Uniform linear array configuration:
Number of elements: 16
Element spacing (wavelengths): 1
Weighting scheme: cosine
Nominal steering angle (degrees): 0
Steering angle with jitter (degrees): -1.345
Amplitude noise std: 0.05
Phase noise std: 0.05

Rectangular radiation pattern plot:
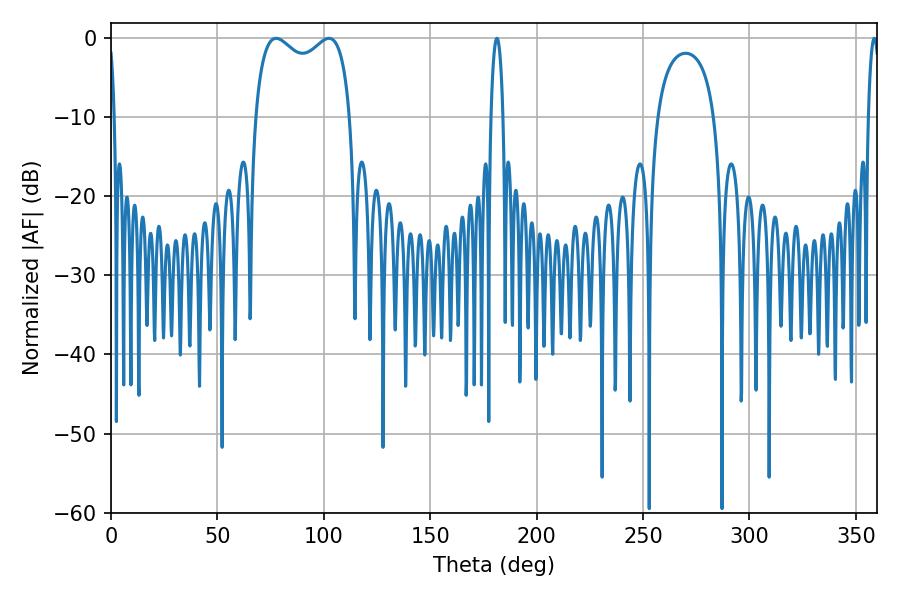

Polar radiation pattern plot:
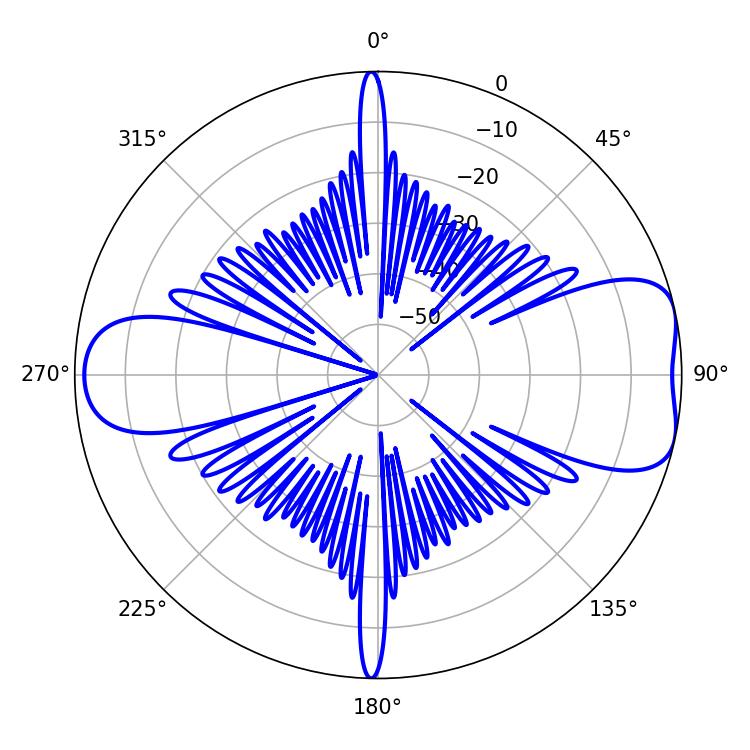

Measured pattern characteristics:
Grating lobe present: TRUE
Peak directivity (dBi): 7.634
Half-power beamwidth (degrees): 37.08
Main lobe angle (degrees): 77.58